65_HS1-834228961_62-HQ-83894_Section_1
Agency: FBI
Page 60
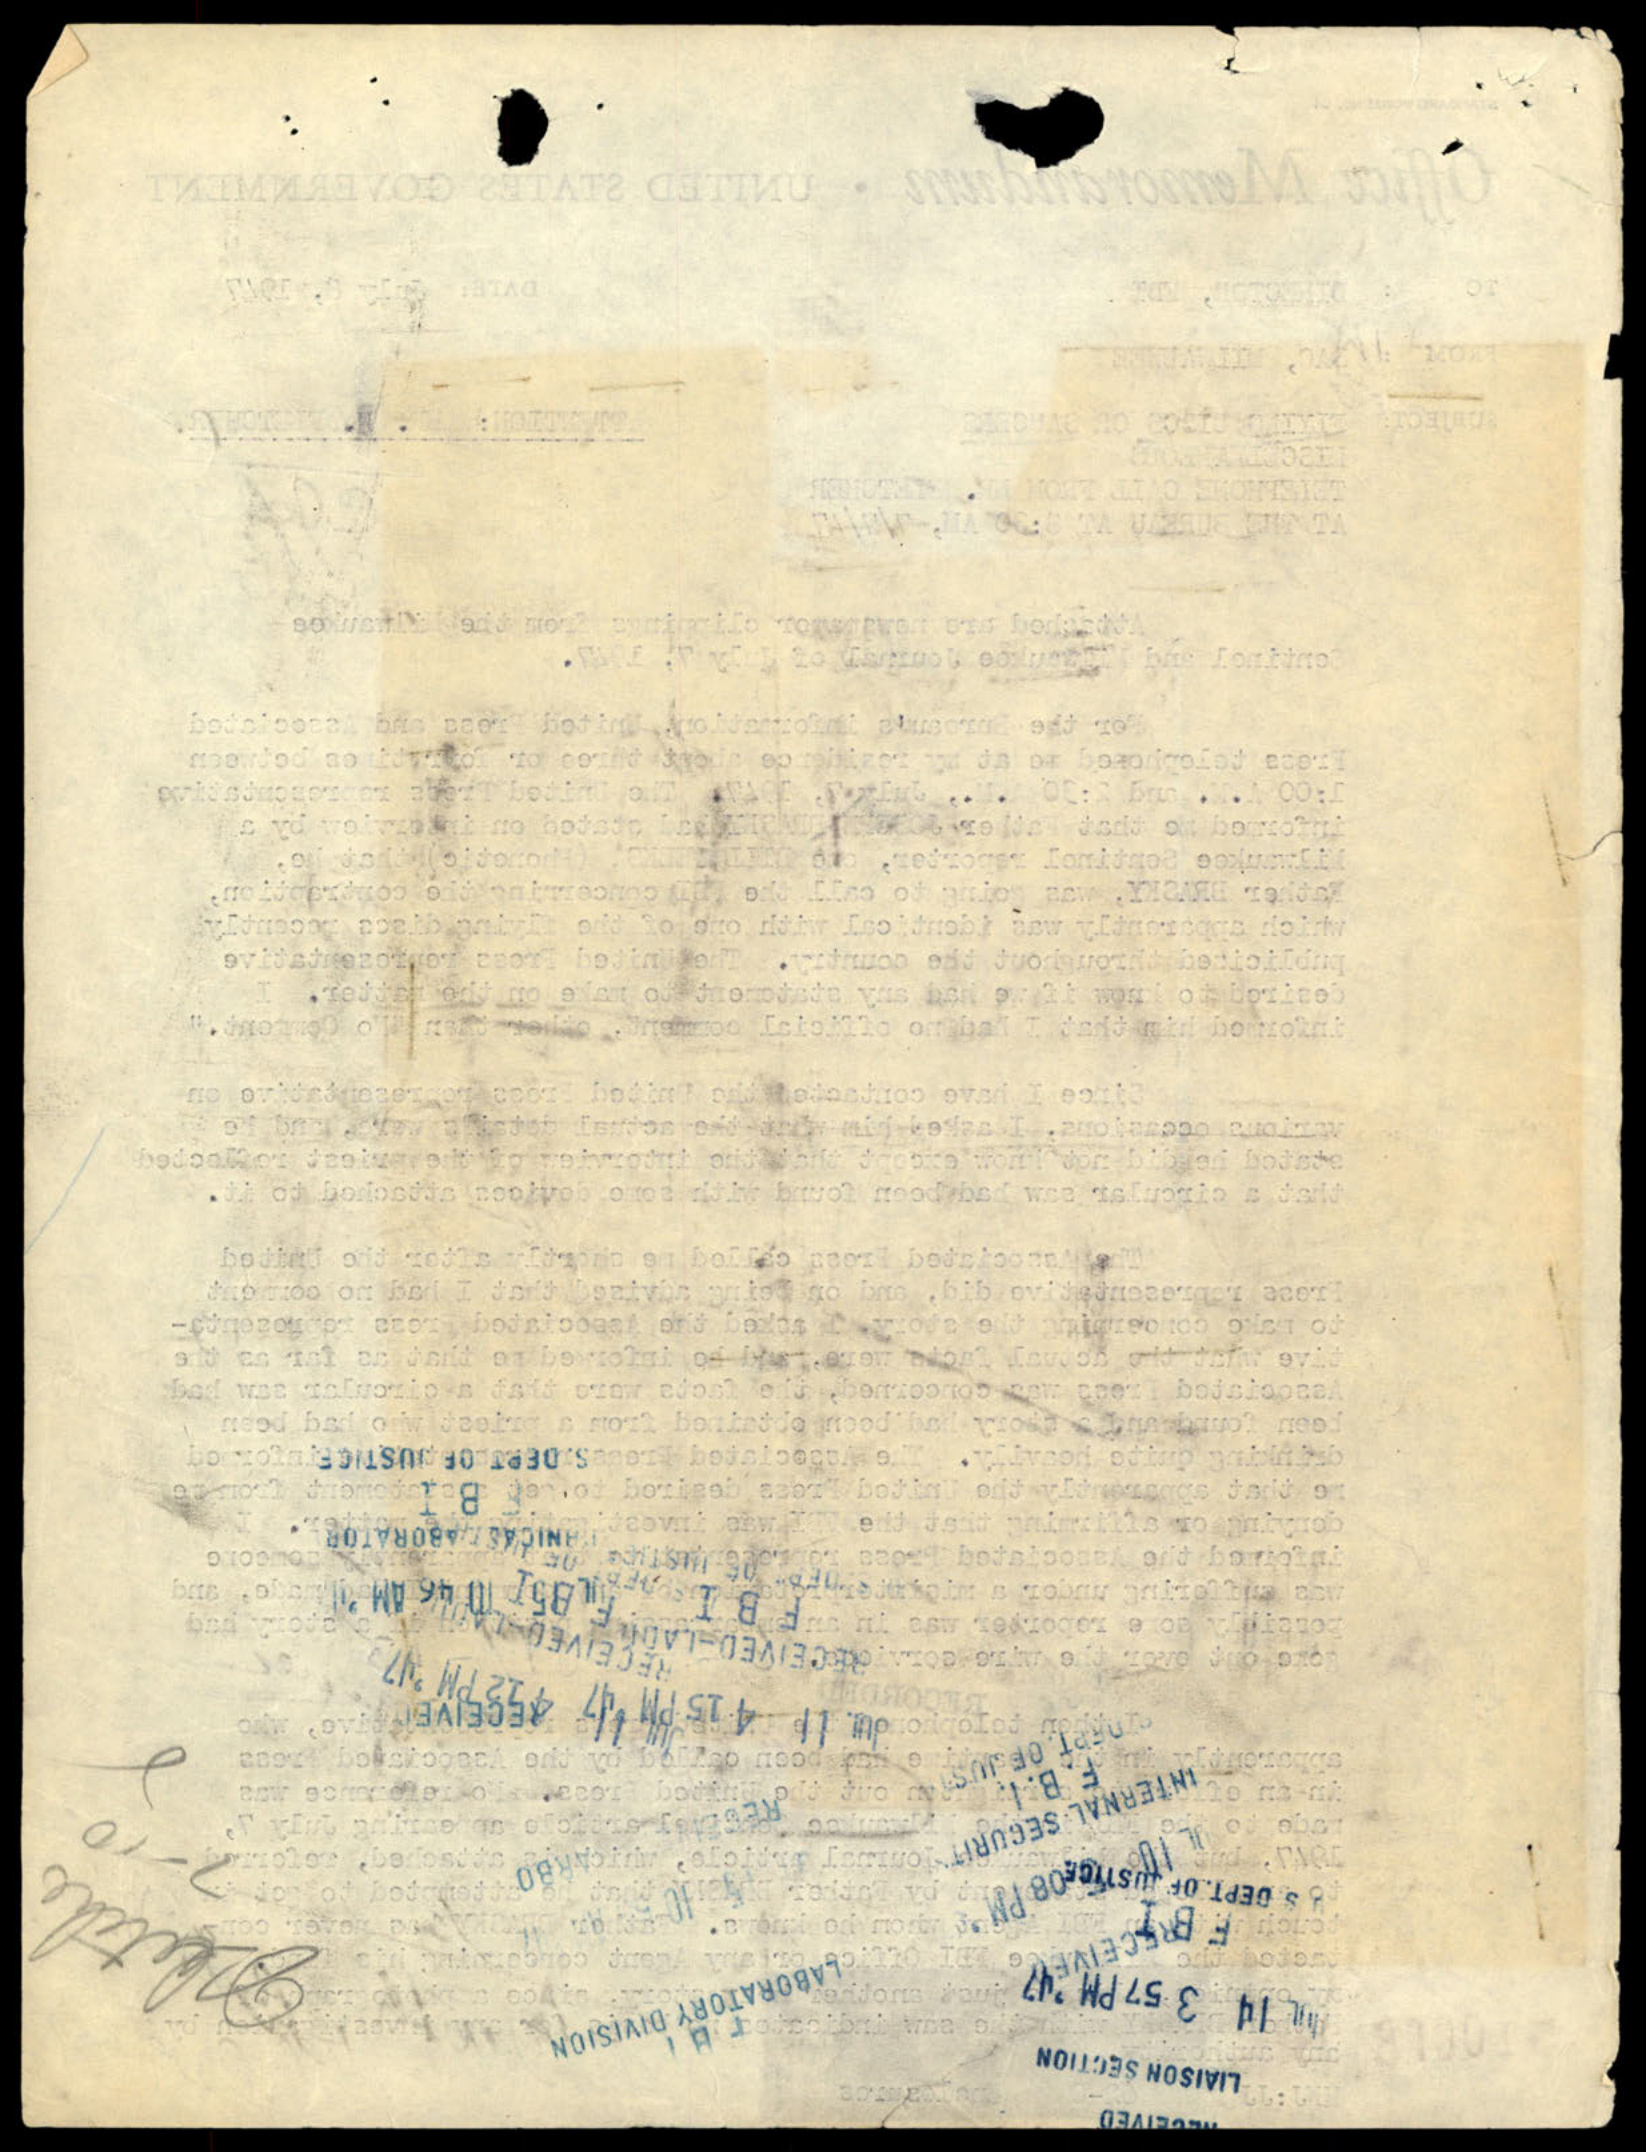